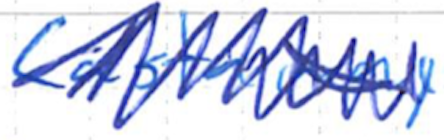
Text: Castaway
Cross-out: scratch
Writing tool: ballpoint